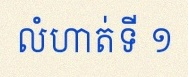
លំហាត់ទី ១